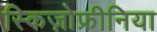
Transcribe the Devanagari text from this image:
स्किज़ोफ्रीनिया